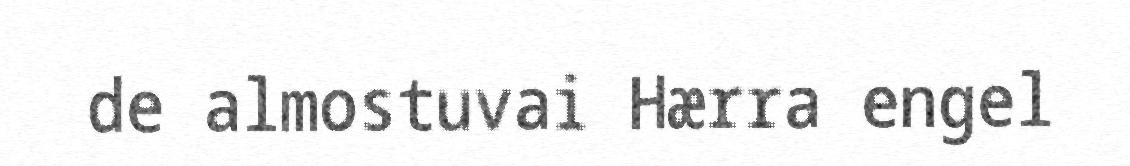
de almostuvai Hærra engel